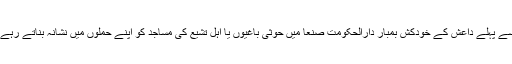
اس سے پہلے داعش کے خودکش بمبار دارالحکومت صنعا میں حوثی باغیوں یا اہل تشیع کی مساجد کو اپنے حملوں میں نشانہ بناتے رہے ہیں۔